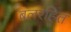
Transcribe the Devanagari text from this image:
बलरहित